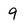
Character: 9